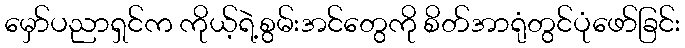
မှော်ပညာရှင်က ကိုယ့်ရဲ့စွမ်းအင်တွေကို စိတ်အာရုံတွင်ပုံဖော်ခြင်း